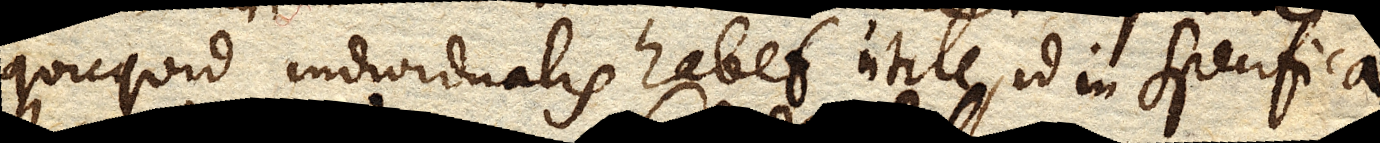
quicquid individualis habet utile, id in specifica